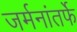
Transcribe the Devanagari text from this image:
जर्मनांतर्फे